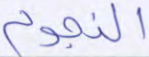
النجوم